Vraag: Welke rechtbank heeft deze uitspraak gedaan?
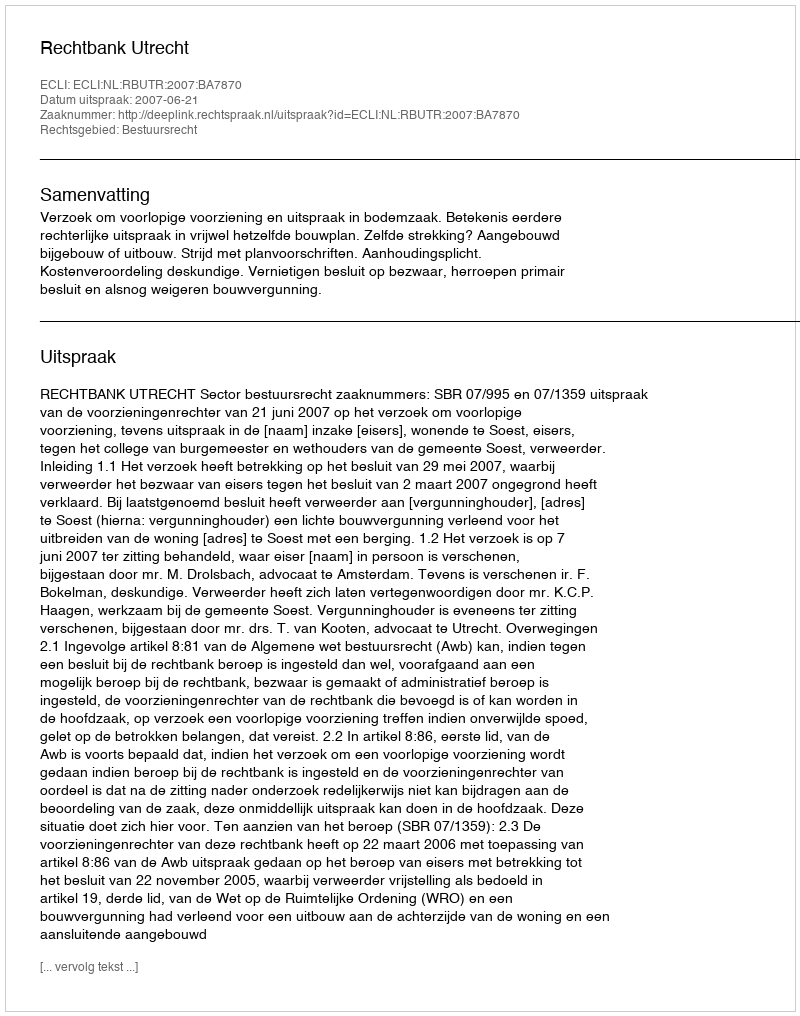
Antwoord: Rechtbank Utrecht